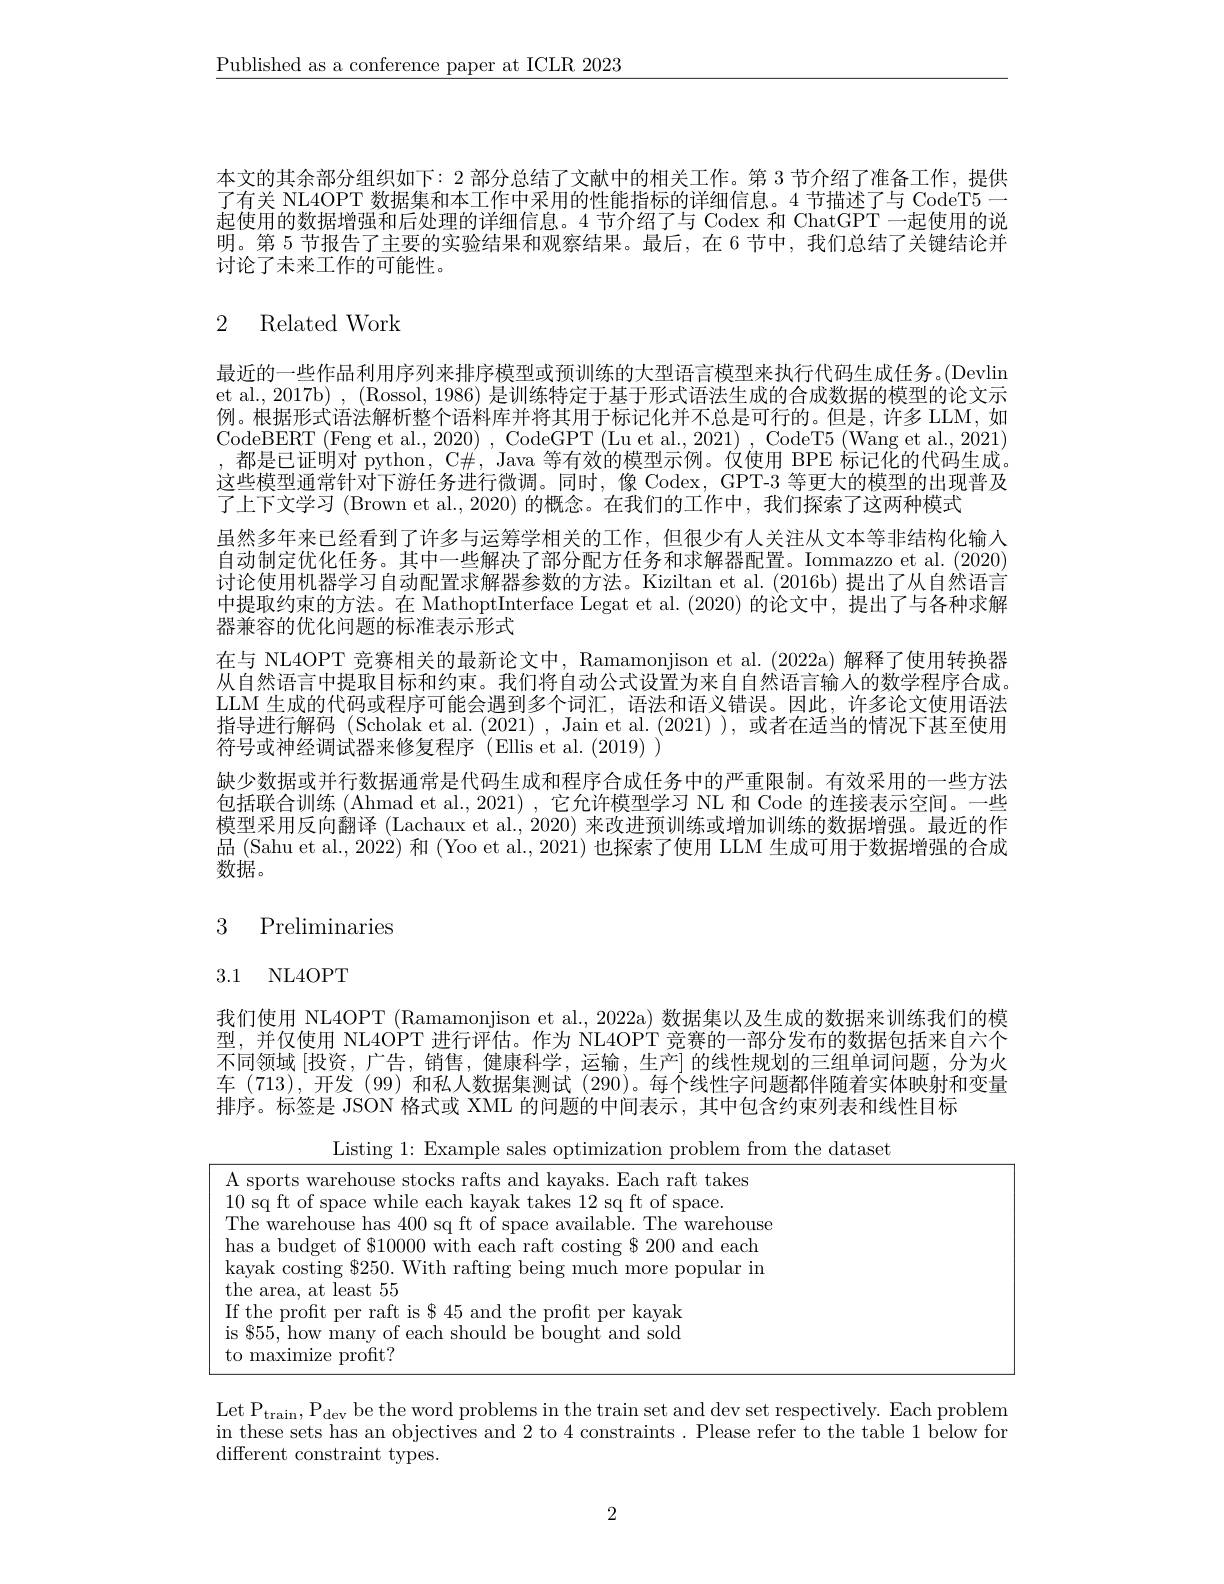
$\underline{\text{Published as a conference paper at ICLR 2023}}$

本文的其余部分组织如下：2 部分总结了文献中的相关工作。第 3 节介绍了准备工作，提供了有关 NL4OPT 数据集和本工作中采用的性能指标的详细信息。4 节描述了与 CodeT5一起使用的数据增强和后处理的详细信息。4 节介绍了与 Codex 和 ChatGPT 一起使用的说明。第 5 节报告了主要的实验结果和观察结果。最后，在 6 节中，我们总结了关键结论并讨论了未来工作的可能性。

# 2 Related Work

最近的一些作品利用序列来排序模型或预训练的大型语言模型来执行代码生成任务。(Devlin et al., 2017b) , (Rossol, 1986) 是训练特定于基于形式语法生成的合成数据的模型的论文示例。根据形式语法解析整个语料库并将其用于标记化并不总是可行的。但是，许多 LLM,如CodeBERT (Feng et al., 2020) , CodeGPT (Lu et al., 2021) , CodeT5 (Wang et al., 2021) ,都是已证明对 python, C#, Java 等有效的模型示例。仅使用 BPE 标记化的代码生成。这些模型通常针对下游任务进行微调。同时，像 Codex, GPT-3 等更大的模型的出现普及了上下文学习 (Brown et al., 2020) 的概念。在我们的工作中，我们探索了这两种模式
虽然多年来已经看到了许多与运筹学相关的工作，但很少有人关注从文本等非结构化输人自动制定优化任务。其中一些解决了部分配方任务和求解器配置。Iommazzo et al. (2020) 讨论使用机器学习自动配置求解器参数的方法。Kiziltan et al. (2016b)提出了从自然语言中提取约束的方法。在 MathoptInterface Legat et al.(2020)的论文中，提出了与各种求解器兼容的优化问题的标准表示形式
在与 NL4OPT 竞赛相关的最新论文中，Ramamonjison et al.(2022a) 解释了使用转换器从自然语言中提取目标和约束。我们将自动公式设置为来自自然语言输人的数学程序合成。LLM 生成的代码或程序可能会遇到多个词汇，语法和语义错误。因此，许多论文使用语法指导进行解码 (Scholak et al. (2021), Jain et al. (2021)),或者在适当的情况下甚至使用符号或神经调试器来修复程序 (Ellis et al. (2019) )
缺少数据或并行数据通常是代码生成和程序合成任务中的严重限制。有效采用的一些方法包括联合训练 (Ahmad et al., 2021) , 它允许模型学习 NL 和 Code 的连接表示空间。一些模型采用反向翻译(Lachaux et al., 2020) 来改进预训练或增加训练的数据增强。最近的作品 (Sahu et al., 2022) 和 (Yoo et al., 2021) 也探索了使用 LLM 生成可用于数据增强的合成数据。

# 3 Preliminaries

# 3.1 NL4OPT

我们使用 NL4OPT (Ramamonjison et al., 2022a) 数据集以及生成的数据来训练我们的模型，并仅使用 NL4OPT 进行评估。作为 NL4OPT 竞赛的一部分发布的数据包括来自六个不同领域 [投资，广告，销售，健康科学，运输，生产] 的线性规划的三组单词问题，分为火车 (713),开发 (99)和私人数据集测试 (290)。每个线性字问题都伴随着实体映射和变量排序。标签是 JSON 格式或 XML 的问题的中间表示，其中包含约束列表和线性目标

Listing 1: Example sales optimization problem from the dataset
<table>
	<tbody>
		<tr>
			<td>A</td>
			<td>$As$ smrrs wareholise ratts anc d kavaks s. Each raft takes</td>
			<td>aft takes</td>
		</tr>
		<tr>
			<td>10 1 1</td>
			<td>1110 $\Xi G+\tau$ while eac ch kavak takes 12 sa ft of space</td>
			<td>${\mathrm{space.}}$</td>
		</tr>
		<tr>
			<td>$TF$ $r$ 11 1 1 1 1 1 1 1 1</td>
			<td>s traroholis nulahla The warehouse</td>
			<td>warehouse</td>
		</tr>
		<tr>
			<td>$ha:$ 1</td>
			<td>$ac$ vindma 十 STHILI rnstinc S 200 and each</td>
			<td>and each</td>
		</tr>
		<tr>
			<td>$ka$ th$\epsilon$</td>
			<td>kayak costing $\$250.$ With rafting being much more popular in the area, at least 55</td>
			<td>oopular in</td>
		</tr>
		<tr>
			<td>If $is$ to</td>
			<td>If the proft per raft is $\$45$ and the proft per kayak is 855, how many of each should be bought and sold roft?</td>
			<td> </td>
		</tr>
		<tr>
			<td>to</td>
			<td>o maximize profit? </td>
			<td> </td>
		</tr>
	</tbody>
</table>

Let P$_\mathrm{train}$,P$_\mathrm{dev}$be the word problems in the train set and dev set respectively. Each problem in these sets has an objectives and 2 to 4 constraints . Please refer to the table 1 below for different constraint types.

2